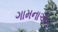
ગામનાએક